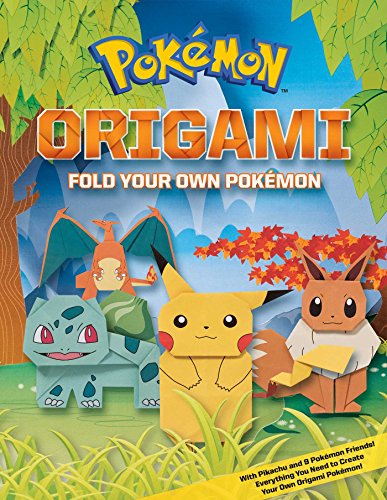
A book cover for Pokemon Origami: Fold Your Own Pokemon!; Children's Books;